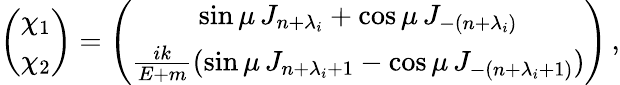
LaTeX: \left(\begin{array}{c}{{\chi_{1}}}\\ {{\chi_{2}}}\end{array}\right)=\left(\begin{array}{c}{{\sin\mu\, J_{n+\lambda_{i}}+\cos\mu\, J_{-(n+\lambda_{i})}}}\\ {{\frac{ik}{E+m}(\sin\mu\, J_{n+\lambda_{i}+1}-\cos\mu\, J_{-(n+\lambda_{i}+1)})}}\end{array}\right)\, ,